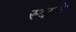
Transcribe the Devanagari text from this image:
स्वप्‍ने